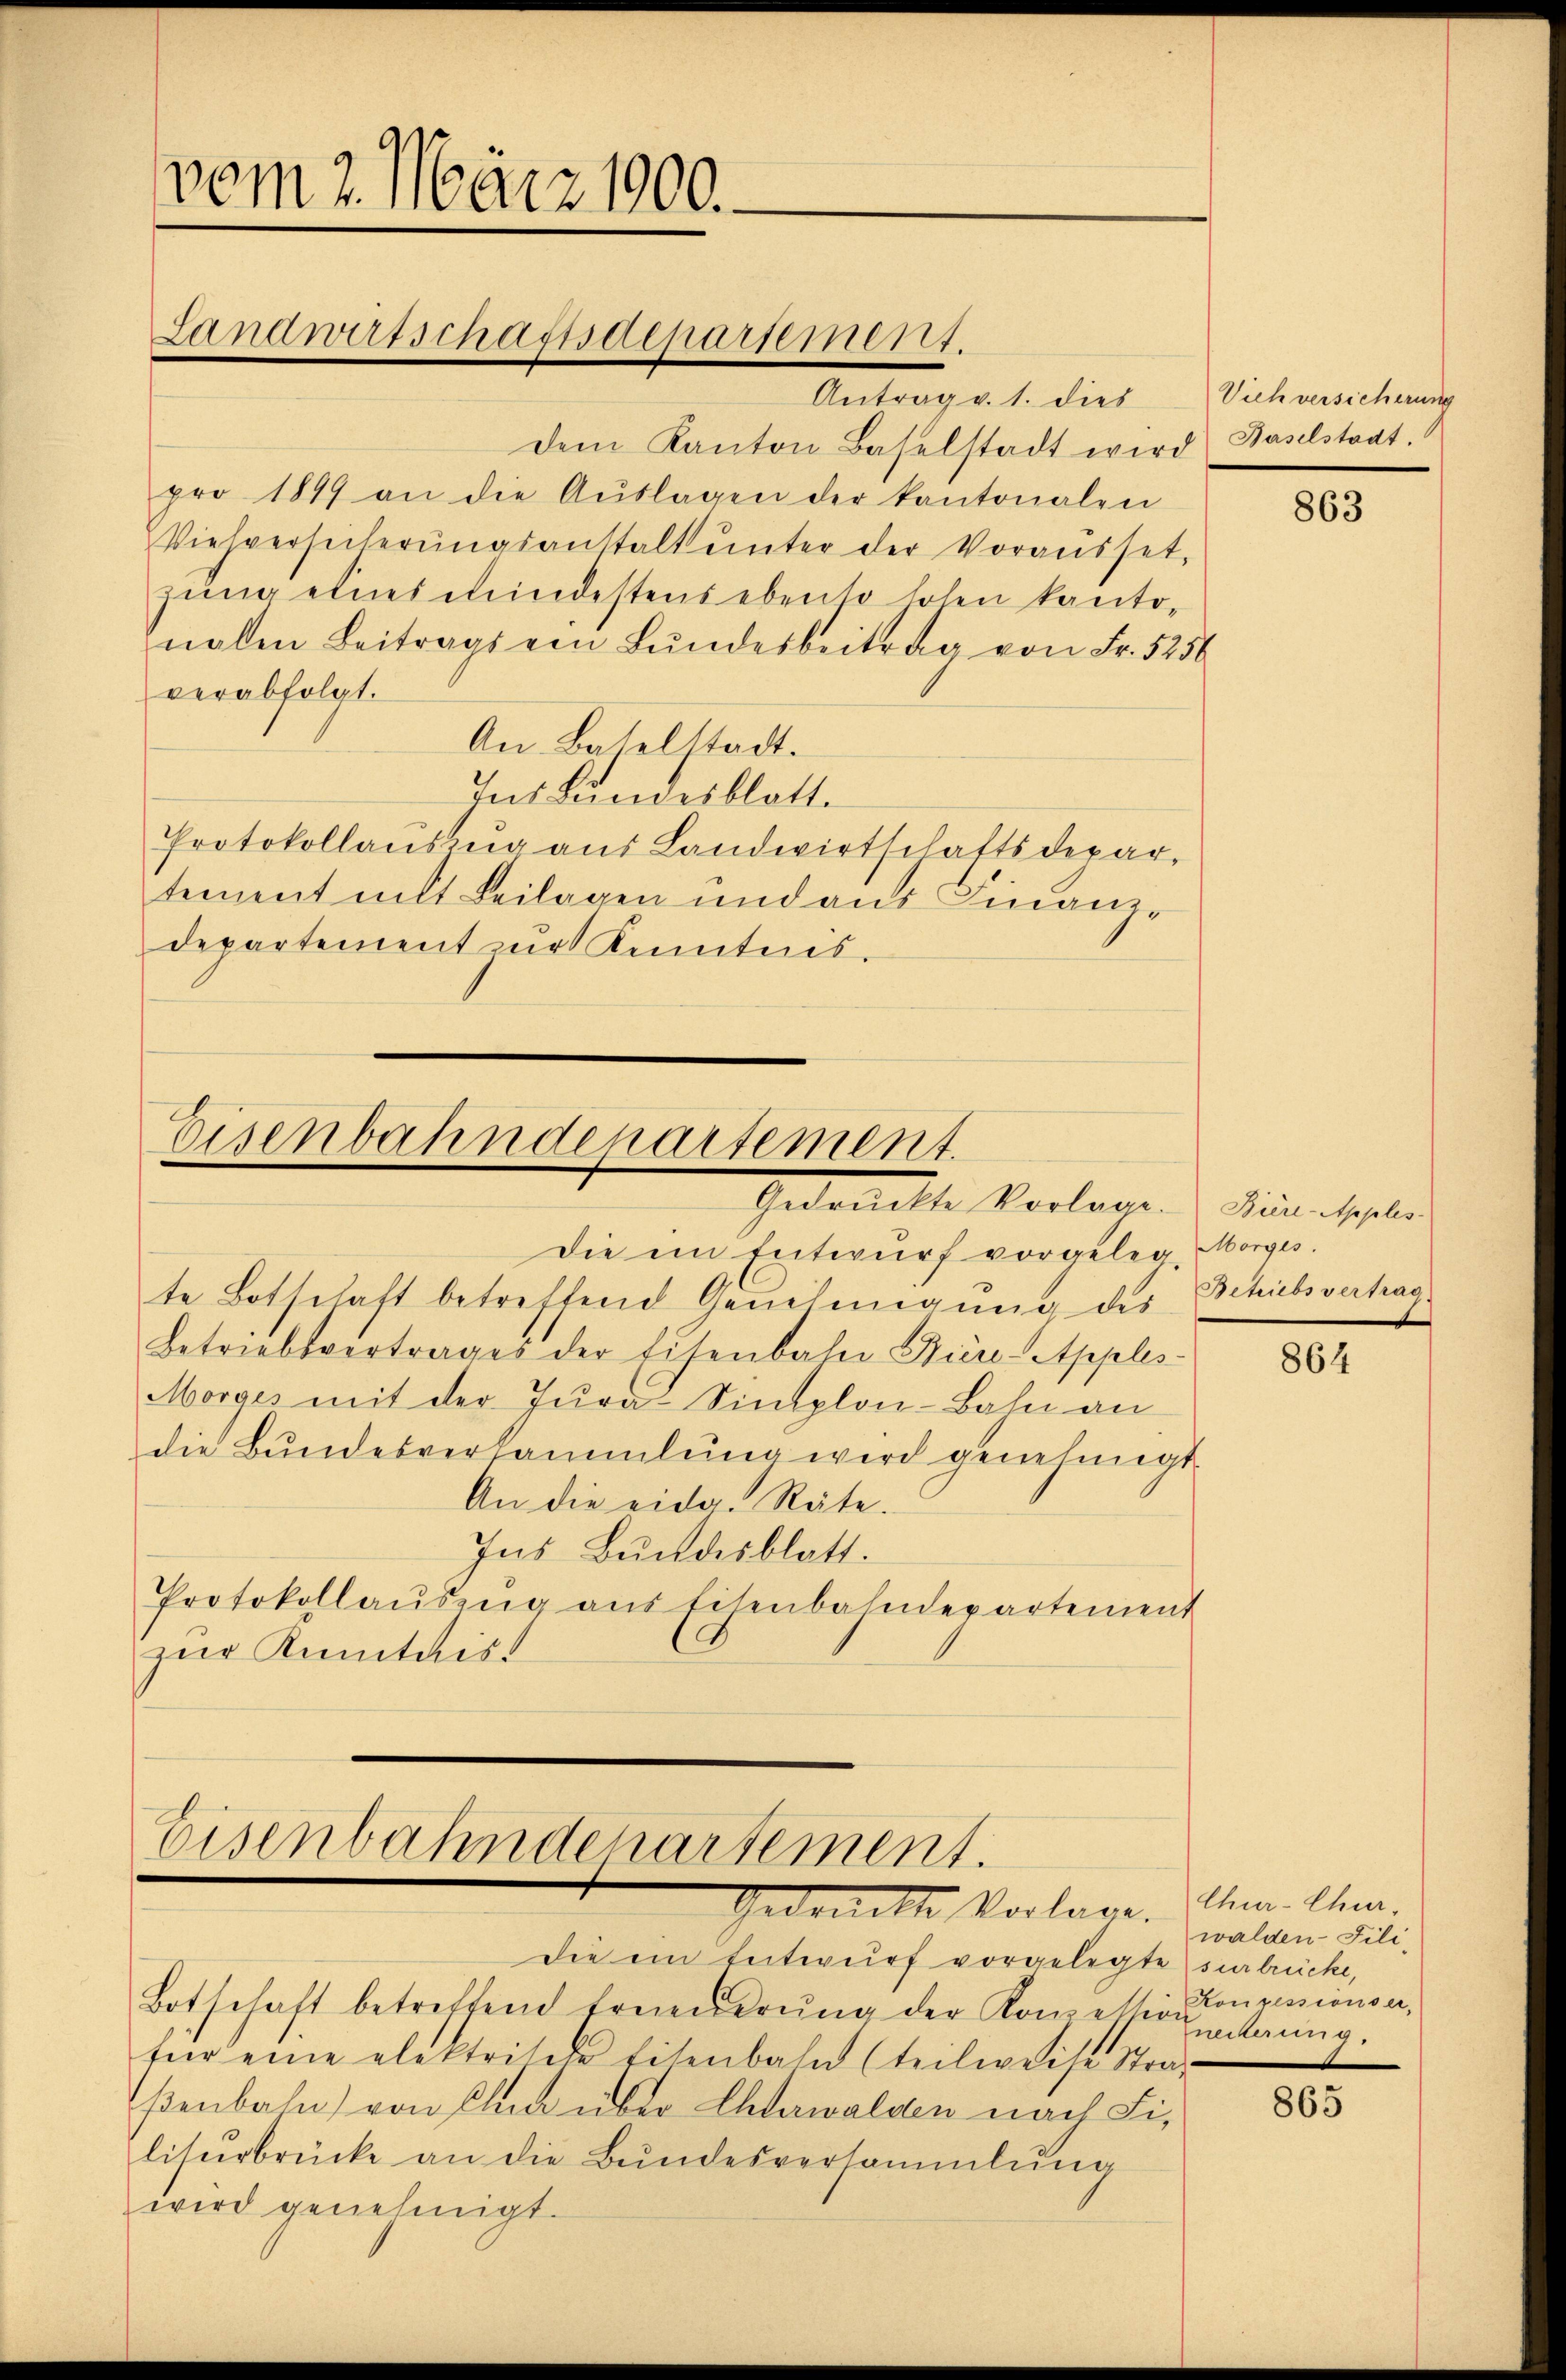
Antrag v. 1. dies
dem Kanton Baselstadt wird Baselstaat
pro 1849 an die Aŭslagen der kantonalen
Viehversicherŭngsanstalt ŭnter der Vorausset-
zung eines chindestens ebenso hohen kantonalen Beitrags ein Bundesbeitrag von Fr. 5256
verabfolgt.
An Baselstadt.
Ins Bundesblatt.
Protokollauszug aus Landwirtschaftsdepartement mit Beilagen und aus Finanzdepartement zur Kenntnis.

vom 2. März 1900.
Landwirtschass departement.

Eisenbahndepartement.
Gedruckte Vorlagen. Minischten

Eisenbahnderartement.
Gedruckte Vorlage. In Anna.

Die ein Entwŭrf vorgelegte surbrücke,
Botschaft betreffend Erneŭerŭng der Konzession anderŭng.
für eine elektrische Eisenbahn (teilweise Straf
βenbahn von Elm über Ehewalden nach Filisŭrbrücke an die Bŭndesversammlung
wird genehmigt.

Die ein Entwŭrf vorgeleg, Morges.
te Botschaft betreffend Genehmigŭng des
Betriebsvertrages der Eisenbahn Heere Apples
Morges mit der Jura Simplon-Bahn an
die Bŭndesversammlung wird genehmigt.
An die eidg. Räte.
Ins Bŭndesblatt.
Protokollauszug aus Eisenbahndepartement
zur Kenntniss

Vich versicherung

863

Betriebsvertrag

864

walden- Fili¬
Konpessionser,

865